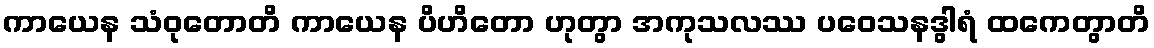
ကာယေန သံဝုတောတိ ကာယေန ပိဟိတော ဟုတွာ အကုသလဿ ပဝေသနဒွါရံ ထကေတွာတိ